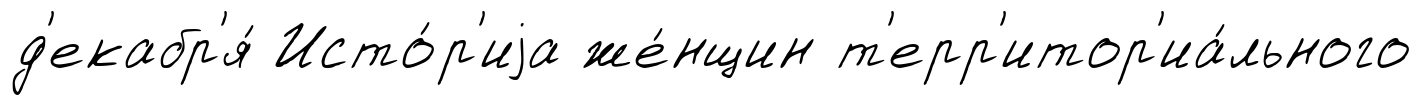
д'екабр'я́ Исто́р'иjа же́нщин т'ерр'итор'иа́льного